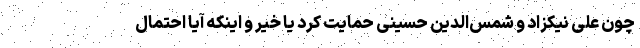
چون علی نیکزاد و شمس‌الدین حسینی حمایت کرد یا خیر و اینکه آیا احتمال